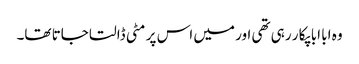
وہ ابا ابا پکا ر رہی تھی اور میں اس پر مٹی ڈالتا جاتا تھا۔